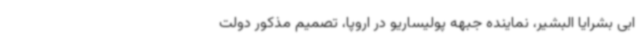
ابی بشرایا البشیر، نماینده جبهه پولیساریو در اروپا، تصمیم مذکور دولت